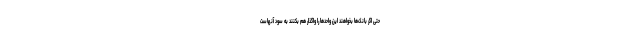
حتی اگر بانک‌ها بخواهند این واحدها را واگذار هم بکنند به سود آنهاست